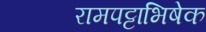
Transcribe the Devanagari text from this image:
रामपट्टाभिषेक